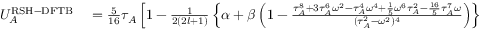
\begin{array} { r l } { U _ { A } ^ { \mathrm { R S H - D F T B } } } & { { } = \frac { 5 } { 1 6 } \tau _ { A } \left[ 1 - \frac { 1 } { 2 ( 2 l + 1 ) } \left\{ \alpha + \beta \left( 1 - \frac { \tau _ { A } ^ { 8 } + 3 \tau _ { A } ^ { 6 } \omega ^ { 2 } - \tau _ { A } ^ { 4 } \omega ^ { 4 } + \frac { 1 } { 5 } \omega ^ { 6 } \tau _ { A } ^ { 2 } - \frac { 1 6 } { 5 } \tau _ { A } ^ { 7 } \omega } { ( \tau _ { A } ^ { 2 } - \omega ^ { 2 } ) ^ { 4 } } \right) \right\} \right] , } \end{array}